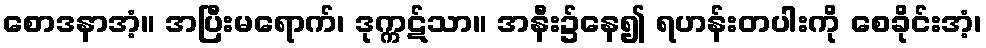
စောဒနာအံ့။ အပြီးမရောက်၊ ဒုက္ကဋ်သာ။ အနီး၌နေ၍ ရဟန်းတပါးကို စေခိုင်းအံ့၊